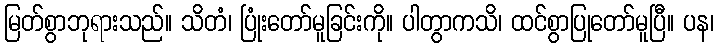
မြတ်စွာဘုရားသည်။ သိတံ၊ ပြုံးတော်မူခြင်းကို။ ပါတွာကသိ၊ ထင်စွာပြုတော်မူပြီ။ ပန၊